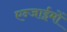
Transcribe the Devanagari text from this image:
एन्जाईमों